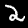
Label: 2